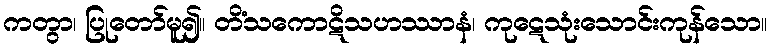
ကတွာ၊ ပြုတော်မူ၍။ တိံသကောဋိသဟဿာနံ၊ ကုဋေသုံးသောင်းကုန်သော။